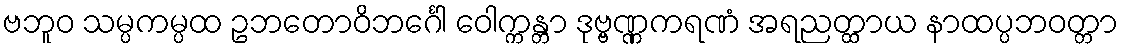
ဗဘူဝ သမ္ပကမ္ပထ ဥဘတောဝိဘင်္ဂေါ ဝေါက္ကန္တာ ဒုဗ္ဗဏ္ဏကရဏံ အရညတ္ထာယ နာထပ္ပဘဝတ္တာ